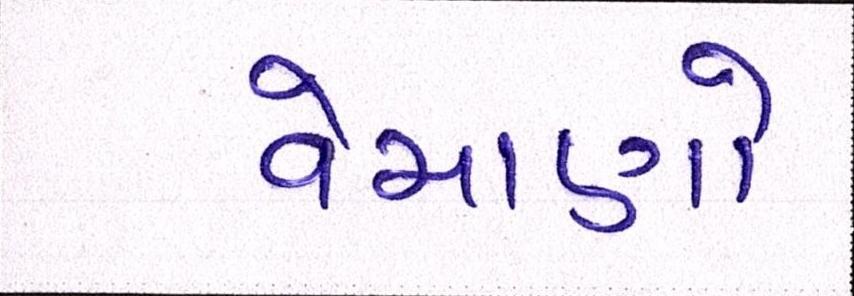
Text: વેચાણો